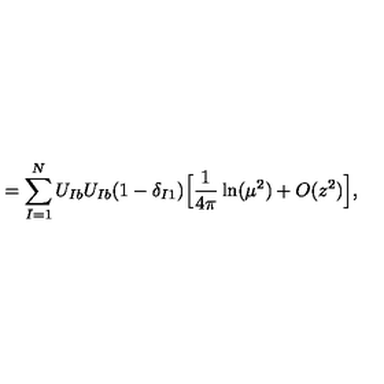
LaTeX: = \sum _ { I = 1 } ^ { N } U _ { I b } U _ { I b } ( 1 - \delta _ { I 1 } ) \Big [ \frac { 1 } { 4 \pi } \ln ( \mu ^ { 2 } ) + O ( z ^ { 2 } ) \Big ] ,